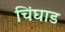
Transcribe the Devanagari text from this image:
चिंघाड